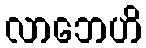
လာဘေဟိ